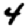
Digit: 4